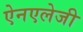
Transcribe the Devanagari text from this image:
ऐनएलेजी